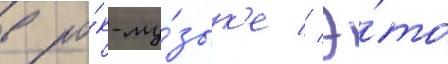
в ро́к-му́зык'е // Э́то